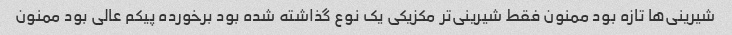
شیرینی‌ها تازه بود ممنون فقط شیرینی‌تر مکزیکی یک نوع گذاشته شده بود برخورده پیکم عالی بود ممنون